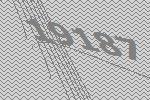
19187